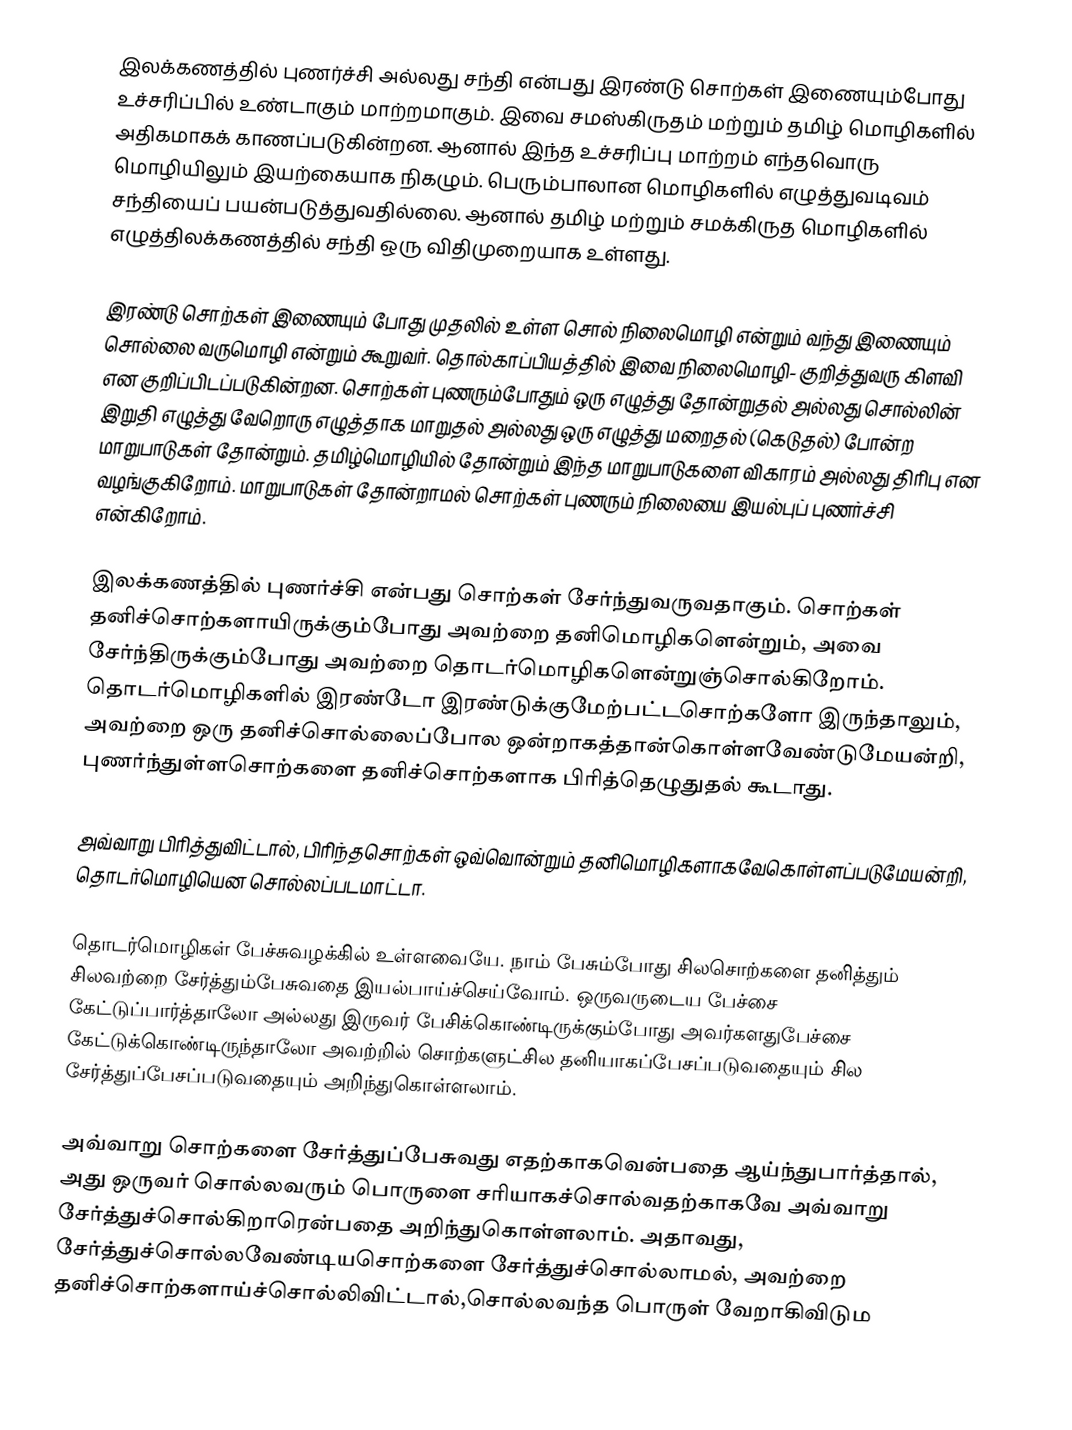
இலக்கணத்தில் புணர்ச்சி அல்லது சந்தி என்பது இரண்டு சொற்கள் இணையும்போது உச்சரிப்பில் உண்டாகும் மாற்றமாகும். இவை சமஸ்கிருதம் மற்றும் தமிழ் மொழிகளில் அதிகமாகக் காணப்படுகின்றன. ஆனால் இந்த உச்சரிப்பு மாற்றம் எந்தவொரு மொழியிலும் இயற்கையாக நிகழும். பெரும்பாலான மொழிகளில் எழுத்துவடிவம் சந்தியைப் பயன்படுத்துவதில்லை. ஆனால் தமிழ் மற்றும் சமக்கிருத மொழிகளில் எழுத்திலக்கணத்தில் சந்தி ஒரு விதிமுறையாக உள்ளது.

இரண்டு சொற்கள் இணையும் போது முதலில் உள்ள சொல் நிலைமொழி என்றும் வந்து இணையும் சொல்லை வருமொழி என்றும் கூறுவர். தொல்காப்பியத்தில் இவை நிலைமொழி- குறித்துவரு கிளவி என குறிப்பிடப்படுகின்றன. சொற்கள் புணரும்போதும் ஒரு எழுத்து தோன்றுதல் அல்லது சொல்லின் இறுதி எழுத்து வேறொரு எழுத்தாக மாறுதல் அல்லது ஒரு எழுத்து மறைதல் (கெடுதல்) போன்ற மாறுபாடுகள் தோன்றும். தமிழ்மொழியில் தோன்றும் இந்த மாறுபாடுகளை விகாரம் அல்லது திரிபு என வழங்குகிறோம். மாறுபாடுகள் தோன்றாமல் சொற்கள் புணரும் நிலையை இயல்புப் புணர்ச்சி என்கிறோம்.

இலக்கணத்தில் புணர்ச்சி என்பது சொற்கள் சேர்ந்துவருவதாகும். சொற்கள் தனிச்சொற்களாயிருக்கும்போது அவற்றை தனிமொழிகளென்றும், அவை சேர்ந்திருக்கும்போது அவற்றை தொடர்மொழிகளென்றுஞ்சொல்கிறோம். தொடர்மொழிகளில் இரண்டோ இரண்டுக்குமேற்பட்டசொற்களோ இருந்தாலும், அவற்றை ஒரு தனிச்சொல்லைப்போல ஒன்றாகத்தான்கொள்ளவேண்டுமேயன்றி, புணர்ந்துள்ளசொற்களை தனிச்சொற்களாக பிரித்தெழுதுதல் கூடாது.

அவ்வாறு பிரித்துவிட்டால், பிரிந்தசொற்கள் ஒவ்வொன்றும் தனிமொழிகளாகவேகொள்ளப்படுமேயன்றி, தொடர்மொழியென சொல்லப்படமாட்டா.

தொடர்மொழிகள் பேச்சுவழக்கில் உள்ளவையே. நாம் பேசும்போது சிலசொற்களை தனித்தும் சிலவற்றை சேர்த்தும்பேசுவதை இயல்பாய்ச்செய்வோம். ஒருவருடைய பேச்சை கேட்டுப்பார்த்தாலோ அல்லது இருவர் பேசிக்கொண்டிருக்கும்போது அவர்களதுபேச்சை கேட்டுக்கொண்டிருந்தாலோ அவற்றில் சொற்களுட்சில தனியாகப்பேசப்படுவதையும் சில சேர்த்துப்பேசப்படுவதையும் அறிந்துகொள்ளலாம்.

அவ்வாறு சொற்களை சேர்த்துப்பேசுவது எதற்காகவென்பதை ஆய்ந்துபார்த்தால், அது ஒருவர் சொல்லவரும் பொருளை சரியாகச்சொல்வதற்காகவே அவ்வாறு சேர்த்துச்சொல்கிறாரென்பதை அறிந்துகொள்ளலாம். அதாவது, சேர்த்துச்சொல்லவேண்டியசொற்களை சேர்த்துச்சொல்லாமல், அவற்றை தனிச்சொற்களாய்ச்சொல்லிவிட்டால்,சொல்லவந்த பொருள் வேறாகிவிடும